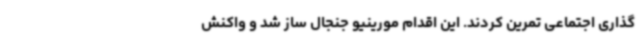
گذاری اجتماعی تمرین کردند. این اقدام مورینیو جنجال ساز شد و واکنش